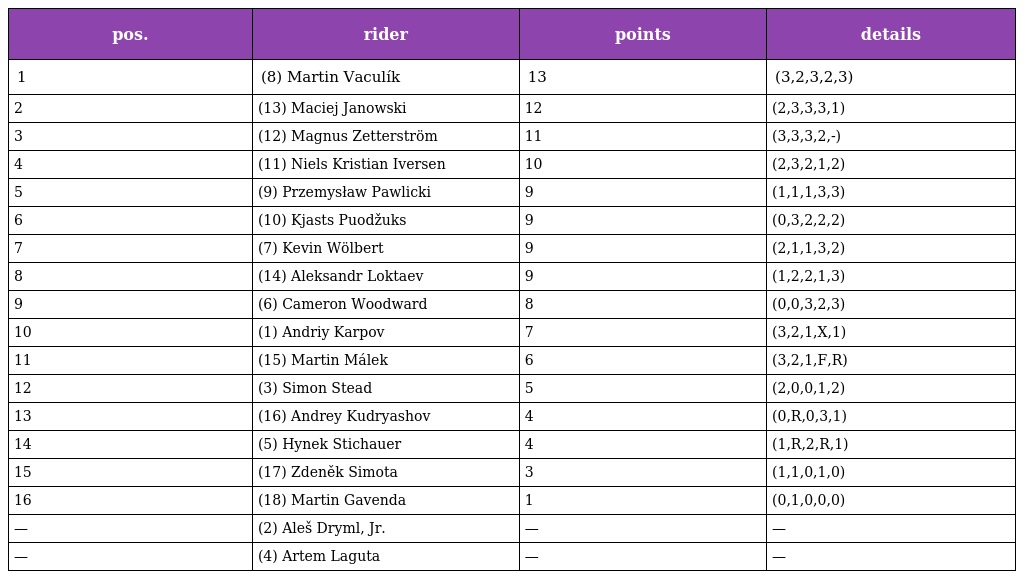
| pos. | rider | points | details |
 | --- | --- | --- | --- |
 | 1 | (8) Martin Vaculík | 13 | (3,2,3,2,3) |
 | 2 | (13) Maciej Janowski | 12 | (2,3,3,3,1) |
 | 3 | (12) Magnus Zetterström | 11 | (3,3,3,2,-) |
 | 4 | (11) Niels Kristian Iversen | 10 | (2,3,2,1,2) |
 | 5 | (9) Przemysław Pawlicki | 9 | (1,1,1,3,3) |
 | 6 | (10) Kjasts Puodžuks | 9 | (0,3,2,2,2) |
 | 7 | (7) Kevin Wölbert | 9 | (2,1,1,3,2) |
 | 8 | (14) Aleksandr Loktaev | 9 | (1,2,2,1,3) |
 | 9 | (6) Cameron Woodward | 8 | (0,0,3,2,3) |
 | 10 | (1) Andriy Karpov | 7 | (3,2,1,X,1) |
 | 11 | (15) Martin Málek | 6 | (3,2,1,F,R) |
 | 12 | (3) Simon Stead | 5 | (2,0,0,1,2) |
 | 13 | (16) Andrey Kudryashov | 4 | (0,R,0,3,1) |
 | 14 | (5) Hynek Stichauer | 4 | (1,R,2,R,1) |
 | 15 | (17) Zdeněk Simota | 3 | (1,1,0,1,0) |
 | 16 | (18) Martin Gavenda | 1 | (0,1,0,0,0) |
 | — | (2) Aleš Dryml, Jr. | — | — |
 | — | (4) Artem Laguta | — | — |